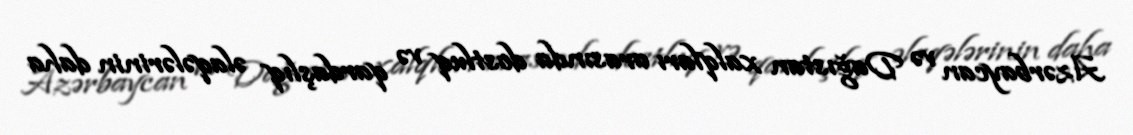
Azərbaycan və Dağıstan xalqları arasında dostluq və qardaşlıq əlaqələrinin daha